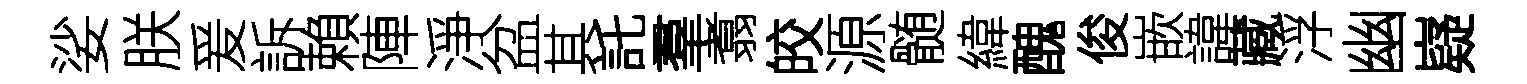
娑朕爰訴賴陣淨盆其託羣翥皎源髄緯醜俊嵌諱藏浮幽嶷